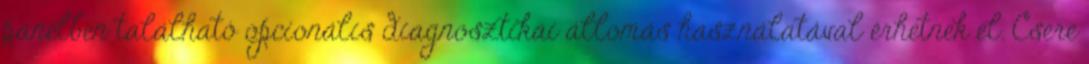
panelben található opcionális diagnosztikai állomás használatával érhetnek el. Csere